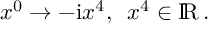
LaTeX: x ^ { 0 } \to - \mathrm { i } x ^ { 4 } , \enspace x ^ { 4 } \in \mathrm { I \! R } \, .